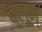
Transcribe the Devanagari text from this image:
ब्लूम्